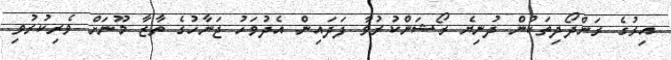
އިރުގެ ރަންދޯދިތަކުން ދުނިޔެ ރޯޝަންކުރުވާ ފަދައިން އެދުވަހު ޖަނާހުގެ ތާޒާ މޫނަށް ވެރިކުރުވި